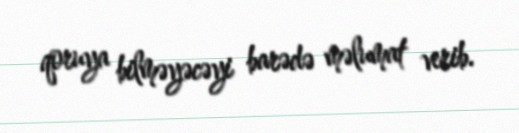
qoruya bilməyəcəyi barədə məlumat verib.